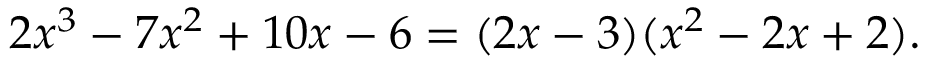
2 x ^ { 3 } - 7 x ^ { 2 } + 1 0 x - 6 = ( 2 x - 3 ) ( x ^ { 2 } - 2 x + 2 ) .